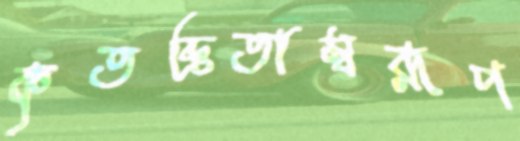
কৃতজ্ঞতাস্বরূপ